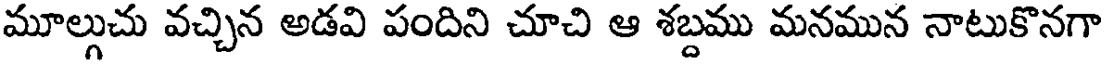
మూల్గుచు వచ్చిన అడవి పందిని చూచి ఆ శబ్దము మనమున నాటుకొనగా